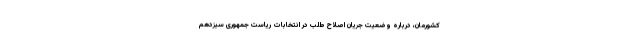
کشورمان، درباره وضعیت جریان اصلاح طلب در انتخابات ریاست جمهوری سیزدهم